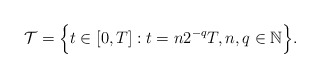
\begin{align*}\mathcal T = \Big\{ t \in [0,T]: t = n2^{-q}T, n,q \in \mathbb N\Big\} .\end{align*}